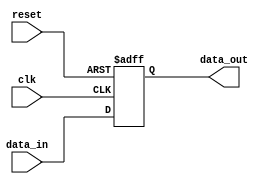
module async_reset_behavioral (
    input wire clk,          // Clock signal
    input wire reset,        // Asynchronous reset signal
    input wire [7:0] data_in, // Data input signal (8-bit)
    output reg [7:0] data_out // Data output signal (8-bit)
);

// Asynchronous reset behavior
always @(posedge clk or posedge reset) begin
    if (reset) begin
        // Reset the output to zero
        data_out <= 8'b0;
    end else begin
        // On clock edge, update output with input data
        data_out <= data_in;
    end
end

endmodule